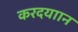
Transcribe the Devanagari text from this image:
करदयाान